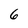
Character: 6